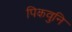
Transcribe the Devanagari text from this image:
पिकवुनि